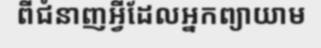
ពីជំនាញអ្វីដែលអ្នកព្យាយាម